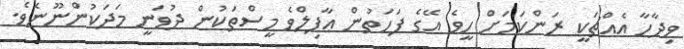
ވިދާހާ އެއްޗަކީ ރަންކަމަށް ހީވެ އޭގެ ފަހަތުން ޢާފިލްވެ މީސްތަކުން ދުވަނީ މަދަކުންނޫނެވެ.